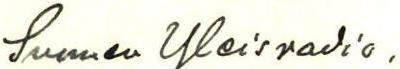
Suomen Yleisradio.